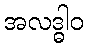
အလဒ္ဓါဝ